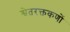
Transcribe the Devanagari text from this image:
श्वेतरक्तकणों